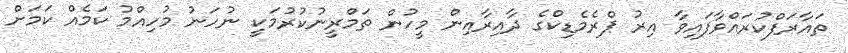
ތައާރަފްކުރައްވާފައިވާ އިރު ޕްރެމެޑިކްގެ ދާއިރާއިން މީހުން ތަމްރީނުކުރުމަކީ ނުހަނު މުހިއްމު ކަމެއް ކަމަށް